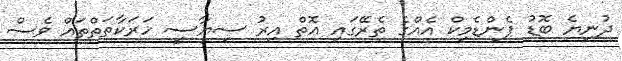
ދުނިޔެ ބޮޑު ޕެންޑެމިކް އެއްގެ ތެރޭގައި އޮތް އިރު ސިޔާސީ ހަރަކާތަތްތައް ވެސް